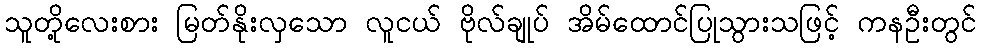
သူတို့လေးစား မြတ်နိုးလှသော လူငယ် ဗိုလ်ချုပ် အိမ်ထောင်ပြုသွားသဖြင့် ကနဦးတွင်